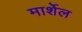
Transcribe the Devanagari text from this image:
मार्शेल